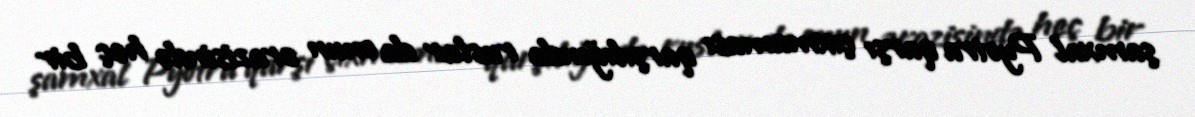
şamxal Pyotra qarşı çıxmaması qarşılığında ruslar da onun ərazisində heç bir